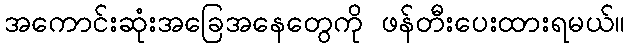
အကောင်းဆုံးအခြေအနေတွေကို ဖန်တီးပေးထားရမယ်။